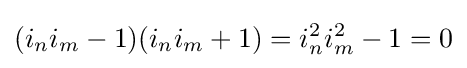
(i_{n}i_{m}-1)(i_{n}i_{m}+1)=i_{n}^{2}i_{m}^{2}-1=0